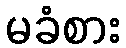
မခံစား